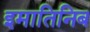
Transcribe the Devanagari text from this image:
इमातिनिब